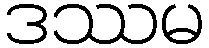
ဒဿမ